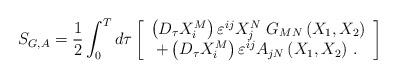
LaTeX: \begin{align*}S_{G,A}=\frac 12\int_0^Td\tau \left[ \begin{array}{c}\left( D_\tau X_i^M\right) \varepsilon ^{ij}X_j^N\,\,G_{MN}\left(X_1,X_2\right) \\ +\left( D_\tau X_i^M\right) \varepsilon ^{ij}A_{jN}\left( X_1,X_2\right)\,.\,\end{array}\right] \end{align*}